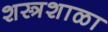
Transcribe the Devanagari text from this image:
शस्त्रशाळा